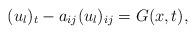
LaTeX: \begin{align*} (u_l)_t-a_{ij}(u_l)_{ij}=G(x,t),\end{align*}